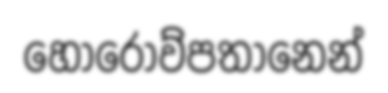
හොරොව්පතානෙන්